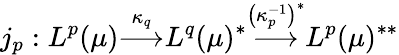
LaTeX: j_{p}:L^{p}(\mu){\overset{\kappa_{q}}{\longrightarrow}}L^{q}(\mu)^{*}{\overset{\left(\kappa_{p}^{-1}\right)^{*}}{\longrightarrow}}L^{p}(\mu)^{**}